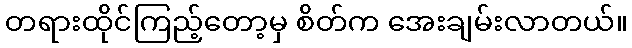
တရားထိုင်ကြည့်တော့မှ စိတ်က အေးချမ်းလာတယ်။